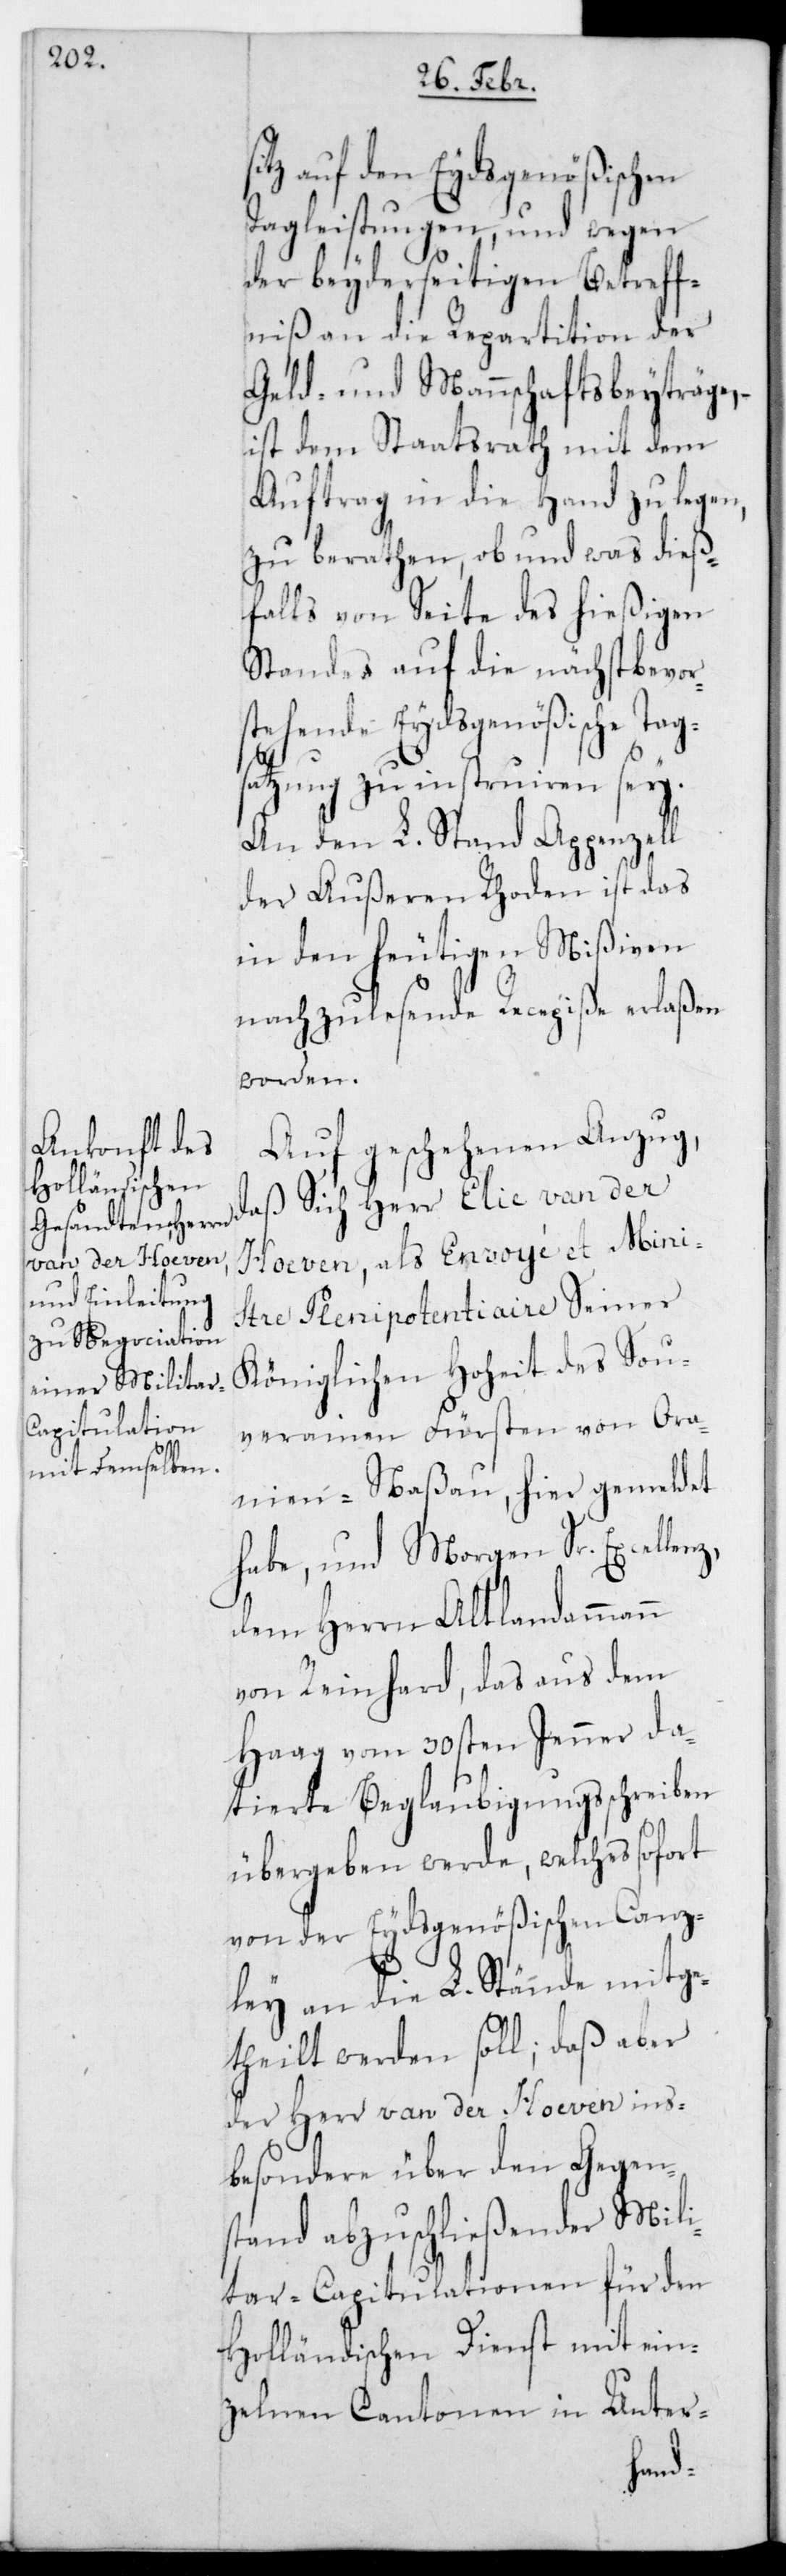
auf den Eydsgenößischen
Tagleistungen, und wegen
der beyderseitigen Betreff¬
nis an die Repartition der
Geld- und Mannschaftsbeyträge,
ist dem Staatsrath mit dem
Auftrag in die Hand zu legen,
zu berathen, ob und was dieß¬
falls von Seite des hießigen
Standes auf die nächst bevor¬
stehende Eydsgenößische Tag¬
satzung zu instruieren sei.
An den L. Stand Appenzell
der Außeren Rhoden ist das
in den heutigen Mißiven
nachzulesende Recepiße erlaßen
worden.
Auf geschehenen Anzug,
daß sich Herr Elie van der
Hoeven, als Envoié et Mini¬
stre Plenipotentiaire Seiner
Königlichen Hoheit des Sou¬
verainen Fürsten von Ora¬
nien-Naßau, hier gemeldet
habe, und Morgen Sr. Excellenz
dem Herrn Altlandammann
von Reinhard, das aus dem
Haag vom 30sten Jenner da¬
tierte Beglaubigungsschreiben
übergeben werde, welches sofort
von der Eydsgenößischen Canz¬
ley an die L. Stände mitge¬
theilt werden soll; daß aber
der Herr van der Hoeven ins¬
besondere über den Gegen¬
stand abzuschließender Mili¬
tair-Capitulationen für den
Holländischen Dienst mit ein¬
zelnen Cantonen in Unter-